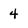
Character: 4